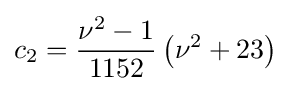
c_{2}={\frac {\nu ^{2}-1}{1152}}\left(\nu ^{2}+23\right)